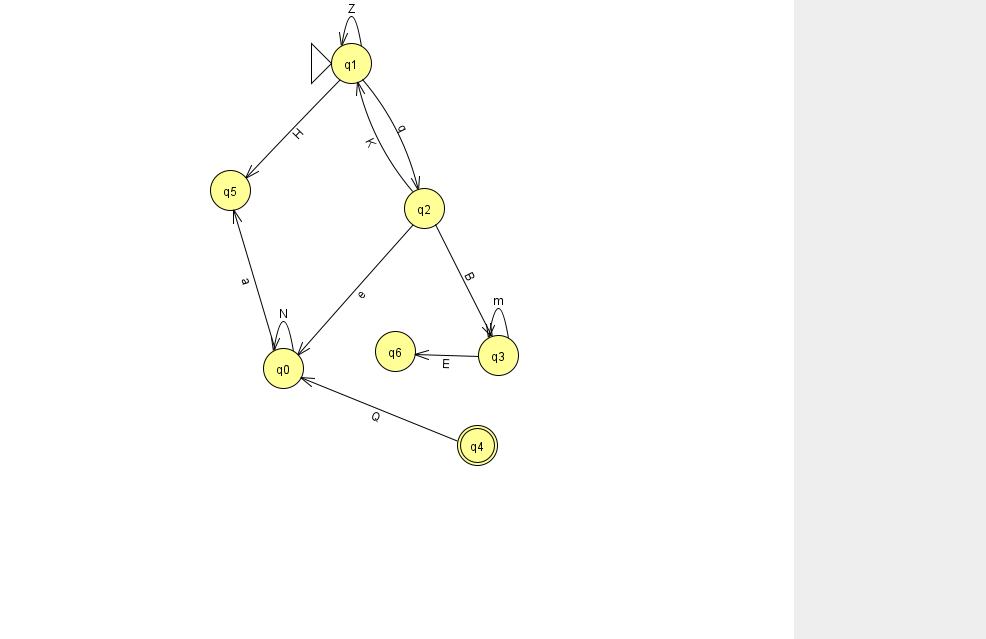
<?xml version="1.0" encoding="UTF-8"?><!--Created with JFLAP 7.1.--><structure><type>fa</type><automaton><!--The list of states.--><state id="0" name="q0"><x>283.0</x><y>355.0</y></state><state id="1" name="q1"><x>351.0</x><y>50.0</y><initial/></state><state id="2" name="q2"><x>424.0</x><y>195.0</y></state><state id="3" name="q3"><x>498.0</x><y>342.0</y></state><state id="4" name="q4"><x>477.0</x><y>432.0</y><final/></state><state id="5" name="q5"><x>230.0</x><y>177.0</y></state><state id="6" name="q6"><x>395.0</x><y>338.0</y></state><!--The list of transitions.--><transition><from>0</from><to>5</to><read>a</read></transition><transition><from>1</from><to>2</to><read>q</read></transition><transition><from>2</from><to>0</to><read>e</read></transition><transition><from>1</from><to>5</to><read>H</read></transition><transition><from>2</from><to>1</to><read>K</read></transition><transition><from>4</from><to>0</to><read>Q</read></transition><transition><from>1</from><to>1</to><read>Z</read></transition><transition><from>3</from><to>6</to><read>E</read></transition><transition><from>3</from><to>3</to><read>m</read></transition><transition><from>0</from><to>0</to><read>N</read></transition><transition><from>2</from><to>3</to><read>B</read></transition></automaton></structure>